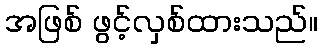
အဖြစ် ဖွင့်လှစ်ထားသည်။